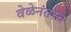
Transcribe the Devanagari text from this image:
वेळेनंतरच